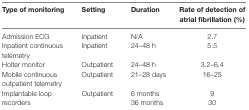
<table><thead><tr><td><b>Type of monitoring</b></td><td><b>Setting</b></td><td><b>Duration</b></td><td><b>Rate of detection of atrial fibrillation (%)</b></td></tr></thead><tbody><tr><td>Admission ECG</td><td>Inpatient</td><td>N/A</td><td>2.7</td></tr><tr><td>Inpatient continuous telemetry</td><td>Inpatient</td><td>24–48 h</td><td>5.5</td></tr><tr><td>Holter monitor</td><td>Outpatient</td><td>24–48 h</td><td>3.2–6.4</td></tr><tr><td>Mobile continuous outpatient telemetry</td><td>Outpatient</td><td>21–28 days</td><td>16–25</td></tr><tr><td rowspan="2">Implantable loop recorders</td><td rowspan="2">Outpatient</td><td>6 months</td><td>9</td></tr><tr><td>36 months</td><td>30</td></tr></tbody></table>